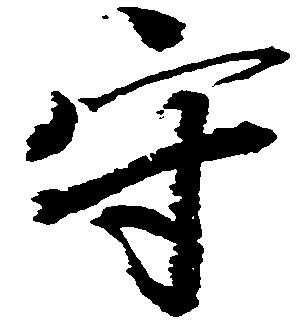
守